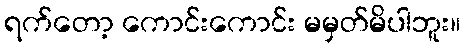
ရက်တော့ ကောင်းကောင်း မမှတ်မိပါဘူး။